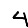
Digit: 4